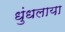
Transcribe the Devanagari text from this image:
धुंधलाया